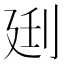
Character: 𰄰